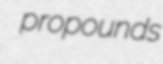
propounds